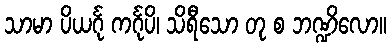
သာမာ ပိယင်္ဂု ကင်္ဂုပိ၊ သိရီသော တု စ ဘဏ္ဍိလော။